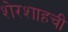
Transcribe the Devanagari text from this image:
शेरशाहची